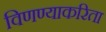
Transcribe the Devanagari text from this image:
विणण्याकरिता